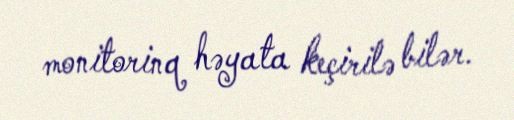
monitorinq həyata keçirilə bilər.